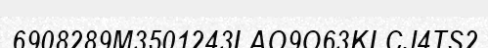
6908289M3501243LAO9O63KLCJ4TS2